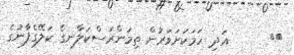
٣٧      އަދި ހަމަކަށަވަރުން ތިމަންރަސްކަލާނގެ ކަލޭގެފާނުގެ